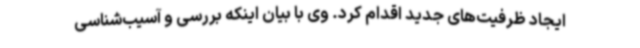
ایجاد ظرفیت‌های جدید اقدام کرد. وی با بیان اینکه بررسی و آسیب‌شناسی